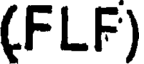
(FLF)